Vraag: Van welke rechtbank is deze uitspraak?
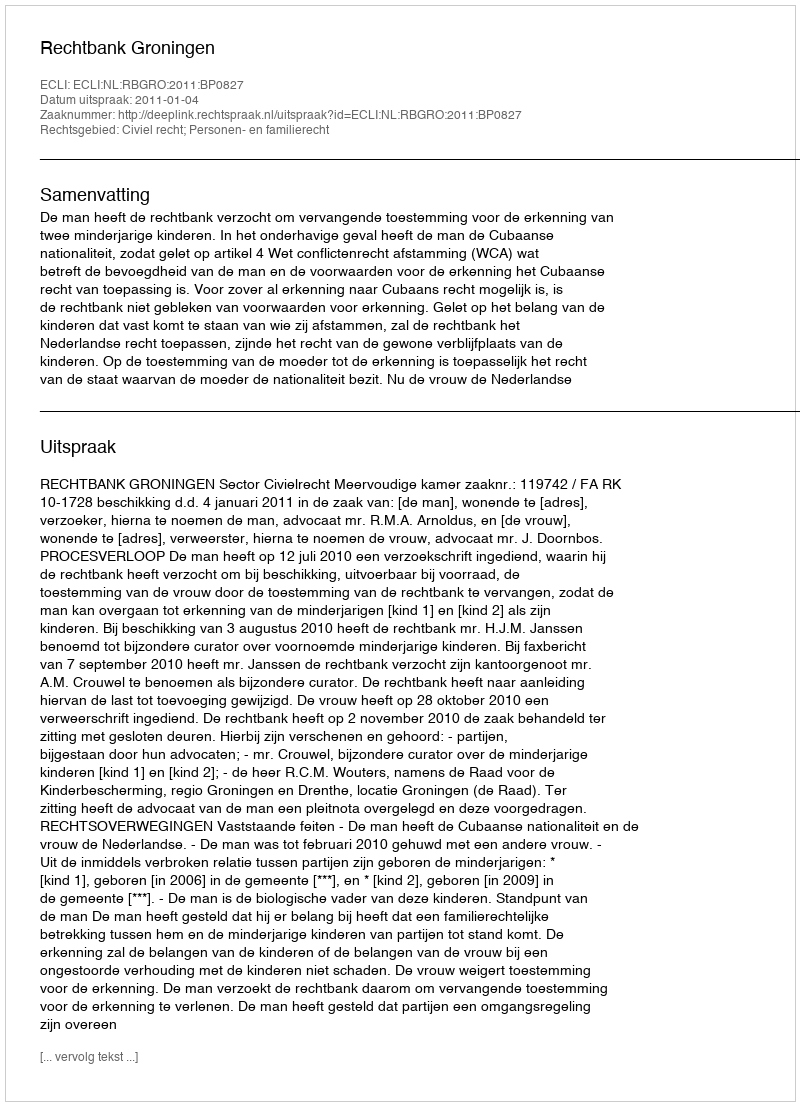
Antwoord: Rechtbank Groningen